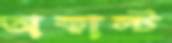
অকাল্ট